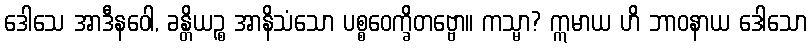
ဒေါသေ အာဒီနဝေါ, ခန္တိယဉ္စ အာနိသံသော ပစ္စဝေက္ခိတဗ္ဗော။ ကသ္မာ? ဣမာယ ဟိ ဘာဝနာယ ဒေါသော